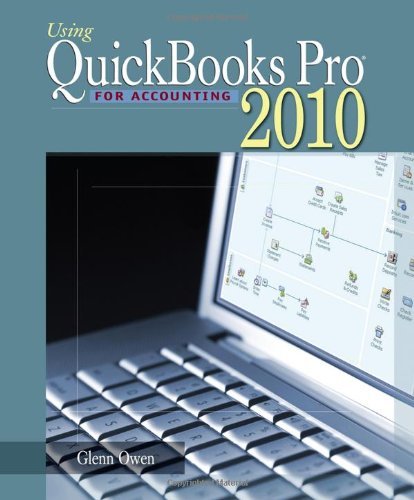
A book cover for By Glenn (Glenn Owen) Owen: Using Quickbooks Pro 2010 for Accounting (with CD-ROM) Ninth (9th) Edition; -Author-; Computers & Technology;